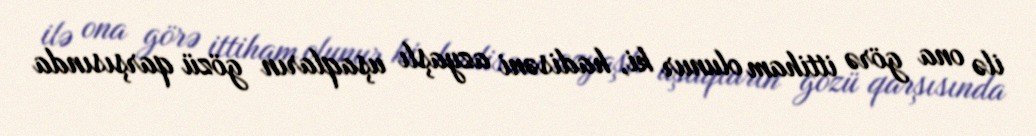
ilə ona görə ittiham olunur ki, hadisəni azyaşlı uşaqların gözü qarşısında